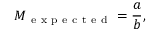
M _ { \mathrm { ~ e ~ x ~ p ~ e ~ c ~ t ~ e ~ d ~ } } = \frac { a } { b } ,